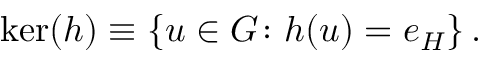
\ker ( h ) \equiv \left\{ u \in G \colon h ( u ) = e _ { H } \right\} .